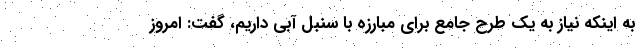
به اینکه نیاز به یک طرح جامع برای مبارزه با سنبل آبی داریم، گفت: امروز